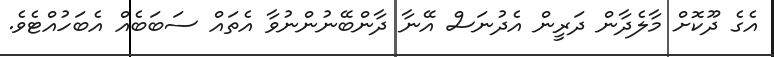
އެގެ ދޫކޮށް މާލެދާން ދަރީން އެދުނަސް އޭނާ ދާންބޭނުންނުވާ އެތައް ސަބަބެއް އެބަހުއްޓެވެ.